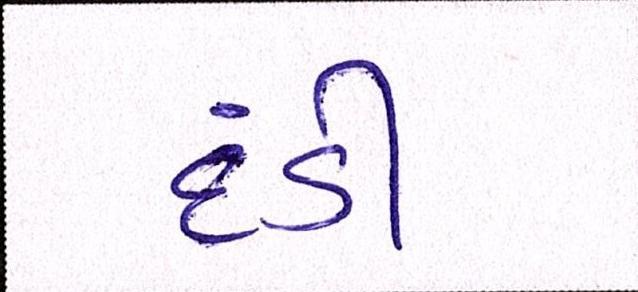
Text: દંડી